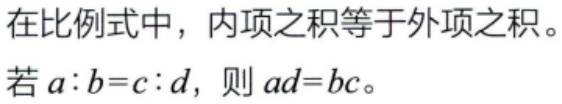
在比例式中，内项之积等于外项之积。

若\(a:b = c:d\)，则\(ad = bc\)。